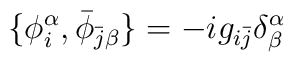
\{ \phi_i^\alpha, \bar\phi_{\bar j \beta}\} = -ig_{i\bar j} \delta ^\alpha_\beta